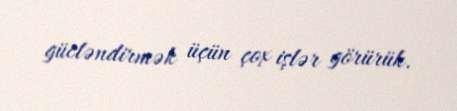
gücləndirmək üçün çox işlər görürük.